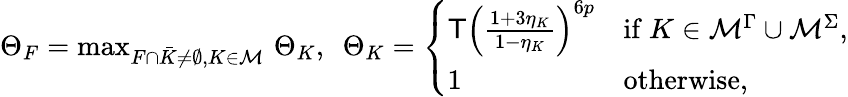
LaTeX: \begin{array}{r}{\Theta_{F}=\operatorname*{max}_{F\cap\bar{K}\not=\emptyset,K\in{\cal M}}\, \Theta_{K},\ \ \Theta_{K}=\left\{ \begin{array}{ll}{\mathsf{T}\left(\frac{1+3\eta_{K}}{1-\eta_{K}}\right)^{6p}}&{\mathrm{if~}K\in{\cal M}^{\Gamma}\cup{\cal M}^{\Sigma},}\\ {1}&{\mathrm{otherwise},}\end{array}\right.}\end{array}